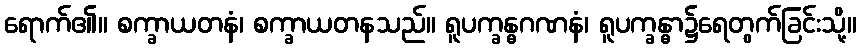
ရောက်၏။ စက္ခာယတနံ၊ စက္ခာယတနသည်။ ရူပက္ခန္ဓဂဏနံ၊ ရူပက္ခန္ဓာ၌ရေတွက်ခြင်းသို့။